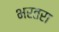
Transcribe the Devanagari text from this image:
भरतरा